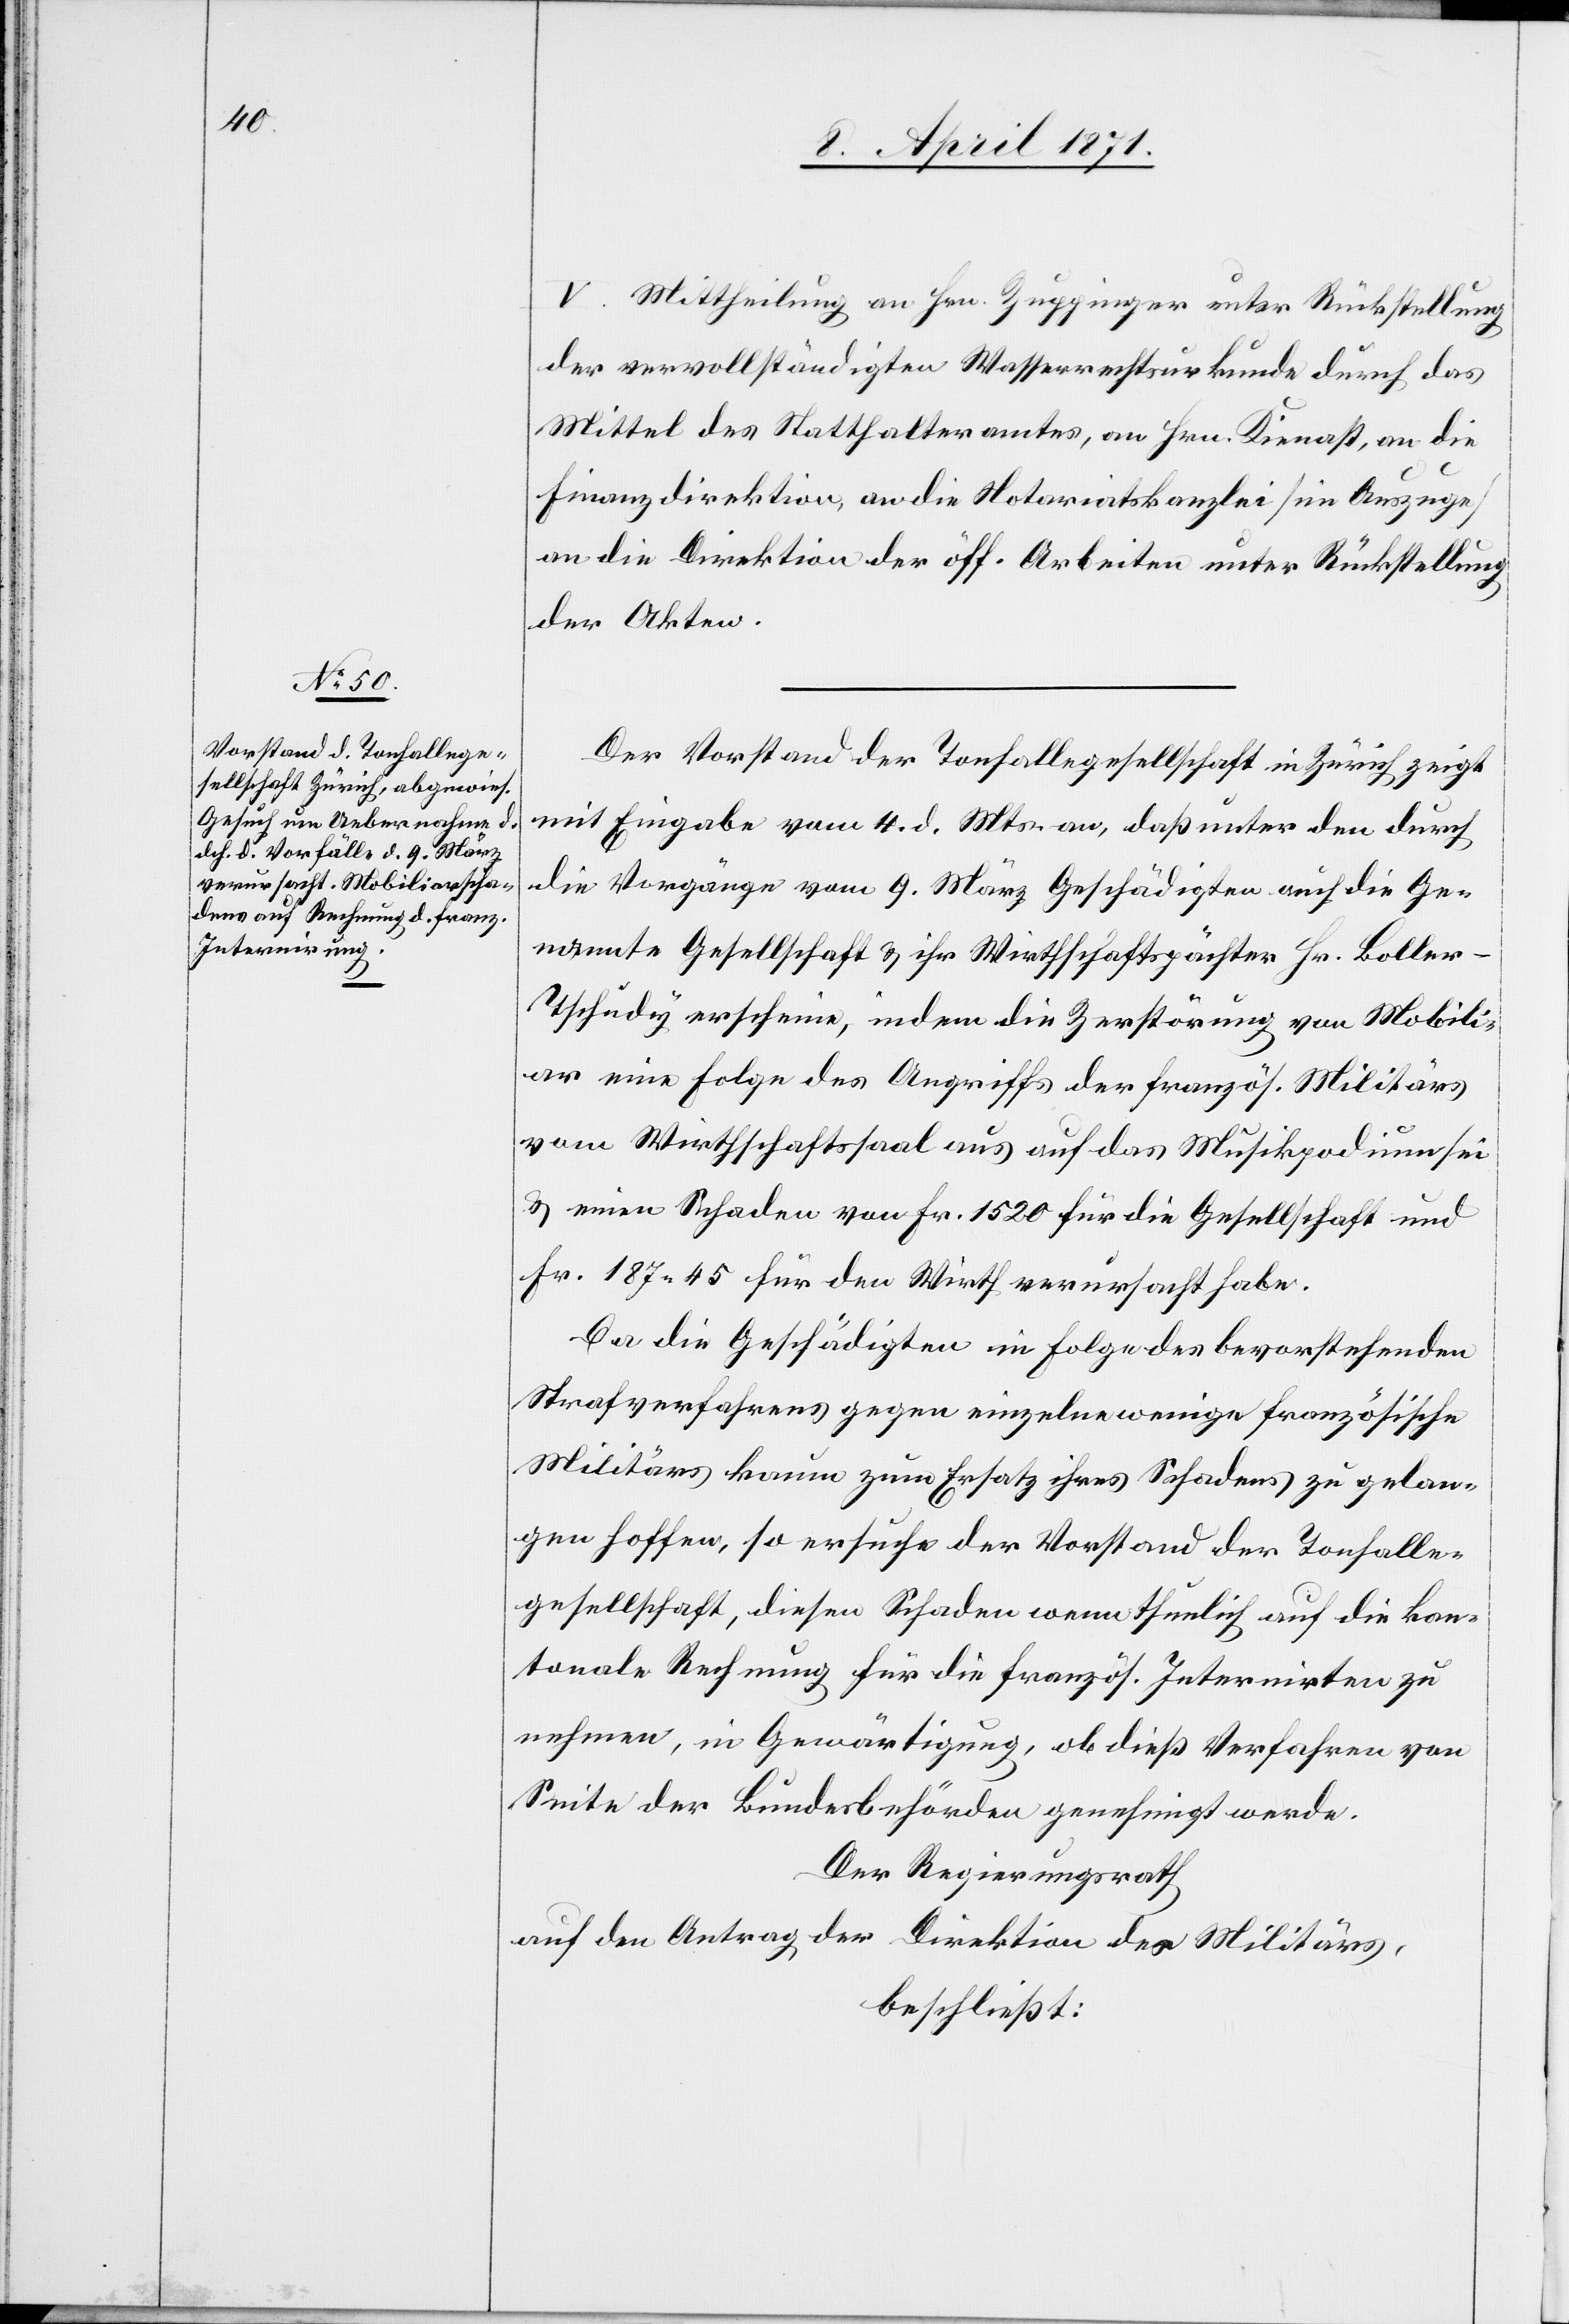
V. Mittheilung an Hrn. Zuppinger unter Rückstellung
der vervollständigten Wasserrechtsurkunde durch das
Mittel des Statthalteramtes, an Hrn. Kienast, an die
Finanzdirektion, an die Notariatskanzlei [im Auszuge]
an die Direktion der öff. Arbeiten unter Rückstellung
der Akten.
Der Vorstand der Tonhallegesellschaft in Zürich zeigt
mit Eingabe vom 4. d. Mts. an, daß unter den durch
die Vorgänge vom 9. März Geschädigten auch die Ge¬
nannte Gesellschaft u. ihr Wirthschaftspächter Hr. Boller-T¬
schudy erscheine, indem die Zerstörung von Mobili¬
ar eine Folge des Angriffs der französ. Militärs
vom Wirthschaftssaal aus auf das Musikpodium sei
u. einen Schaden von Fr. 1520 für die Gesellschaft und
Fr. 187.45 für den Wirth verursacht habe.
Da die Geschädigten in Folge des bevorstehenden
Strafverfahrens gegen einzelne wenige französische
Militärs kaum zum Ersatz ihres Schadens zu gelan¬
gen hoffen, so ersuche der Vorstand der Tonhalle¬
gesellschaft, diesen Schaden wenn thunlich auf die kan¬
tonale Rechnung für die französ. Internirten zu
nehmen, in Gewärtigung, ob dieß Verfahren von
Seite der Bundesbehörden genehmigt werde.
Der Regierungsrath
auf den Antrag der Direktion des Militärs,
beschließt: